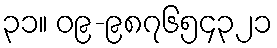
၃၁။ ၀၉-၉၈၇၆၅၄၃၂၁